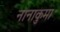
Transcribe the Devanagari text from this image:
नानाकुमा